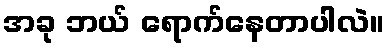
အခု ဘယ် ရောက်နေတာပါလဲ။